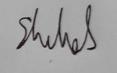
Signature authenticity: genuine